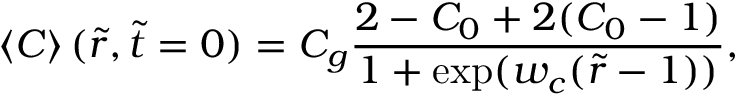
\left\langle C \right\rangle ( \tilde { r } , \tilde { t } = 0 ) = C _ { g } \frac { 2 - C _ { 0 } + 2 ( C _ { 0 } - 1 ) } { 1 + \exp ( w _ { c } ( \tilde { r } - 1 ) ) } ,